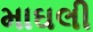
માઘલી